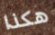
هكذا